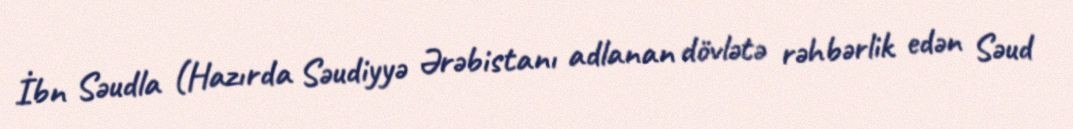
İbn Səudla (Hazırda Səudiyyə Ərəbistanı adlanan dövlətə rəhbərlik edən Səud